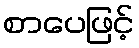
စာပေဖြင့်